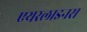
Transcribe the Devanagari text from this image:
एयरलाइनस